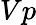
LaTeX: Vp